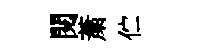
閲䔥伫